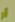
أو